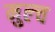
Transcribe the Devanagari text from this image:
मुल्च